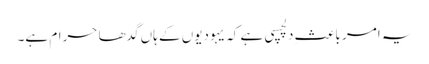
یہ امر باعثِ دلچسپی ہے کہ یہودیوں کے ہاں گدھا حرام ہے۔